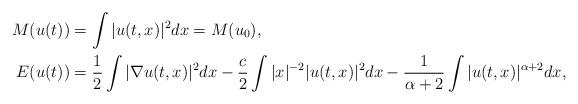
LaTeX: \begin{align*}M(u(t)) &= \int |u(t,x)|^2 dx = M(u_0), \\E(u(t)) &= \frac{1}{2} \int |\nabla u(t,x)|^2 dx -\frac{c}{2} \int |x|^{-2} |u(t,x)|^2 dx -\frac{1}{\alpha+2} \int |u(t,x)|^{\alpha+2} dx, \end{align*}